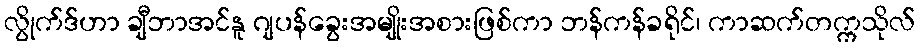
လွိုက်ဒ်ဟာ ချီဘာအင်နူ ဂျပန်ခွေးအမျိုးအစားဖြစ်ကာ ဘန်ကန်ခရိုင်၊ ကာဆက်တက္ကသိုလ်